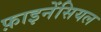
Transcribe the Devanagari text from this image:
फ़ाइनेंसियल